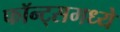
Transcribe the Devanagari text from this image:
फॉन्ट्‌समध्ये